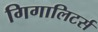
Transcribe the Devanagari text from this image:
गिगालिटर्स